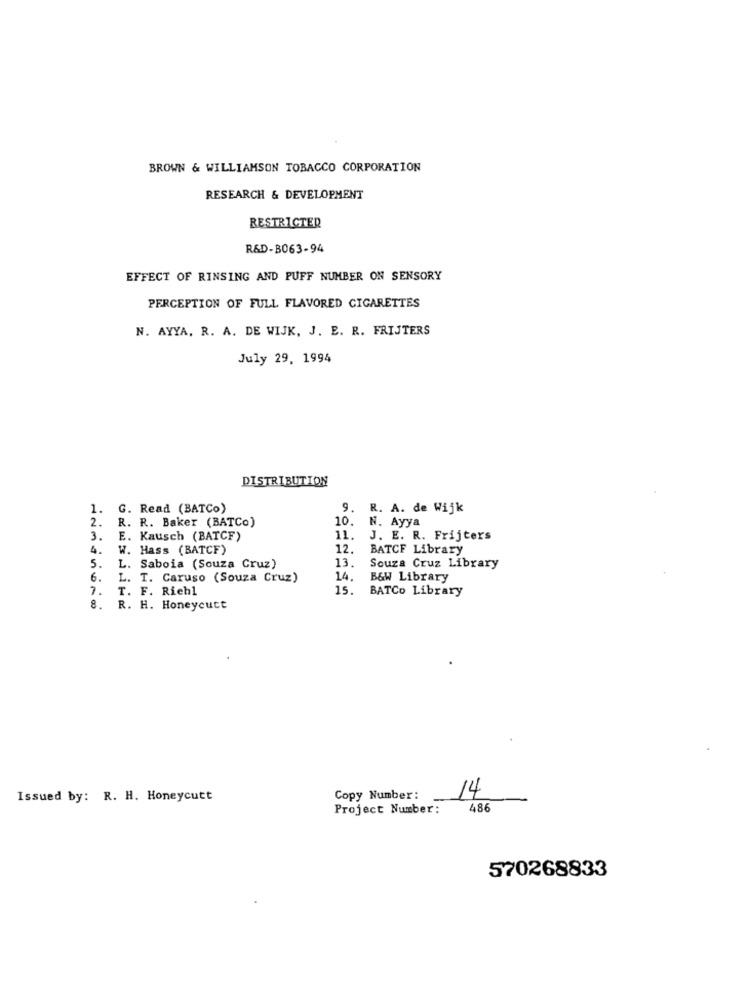
BROWN & WILLIAMSON TOBACCO CORPORATION
RESEARCH & DEVELOPMENT
RESTRICTED
R&D-B063-94
EFFECT OF RINSING AND PUFF NUMBER ON SENSORY
PERCEPTION OF FULL FLAVORED CIGARETTES
N. AYYA, R. A. DE WIJK, J. E. R. FRIJTERS
July 29, 1994
DISTRIBUTION
1.
G. Read (BATCo)
9. R. A. de Wijk
2.
R. R. Baker (BATCo)
10.
N. Ayya
3.
E. Kausch (BATCF)
11.
J. E. R. Frijters
4.
W. Hass (BATCF)
12.
BATCF Library
13.
Souza Cruz Library
5.
L. Saboia (Souza Cruz)
6.
L. T. Caruso (Souza Cruz)
14.
B&W Library
T. F. Riehl
15.
BATCo Library
8.
R. H. Honeycutt
Issued by: R. H. Honeycutt
Copy Number:
14
Project Number:
486
570268833